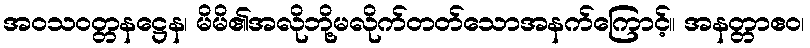
အဝသဝတ္တနဋ္ဌေန၊ မိမိ၏အလိုဘို့မလိုက်တတ်သောအနက်ကြောင့်။ အနတ္တာဧဝ၊